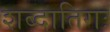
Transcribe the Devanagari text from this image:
शब्दातिगः